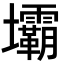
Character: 壩